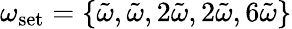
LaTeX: \omega_{\textrm{set}}=\{ \tilde{\omega},\tilde{\omega},2\tilde{\omega},2\tilde{\omega},6\tilde{\omega}\}